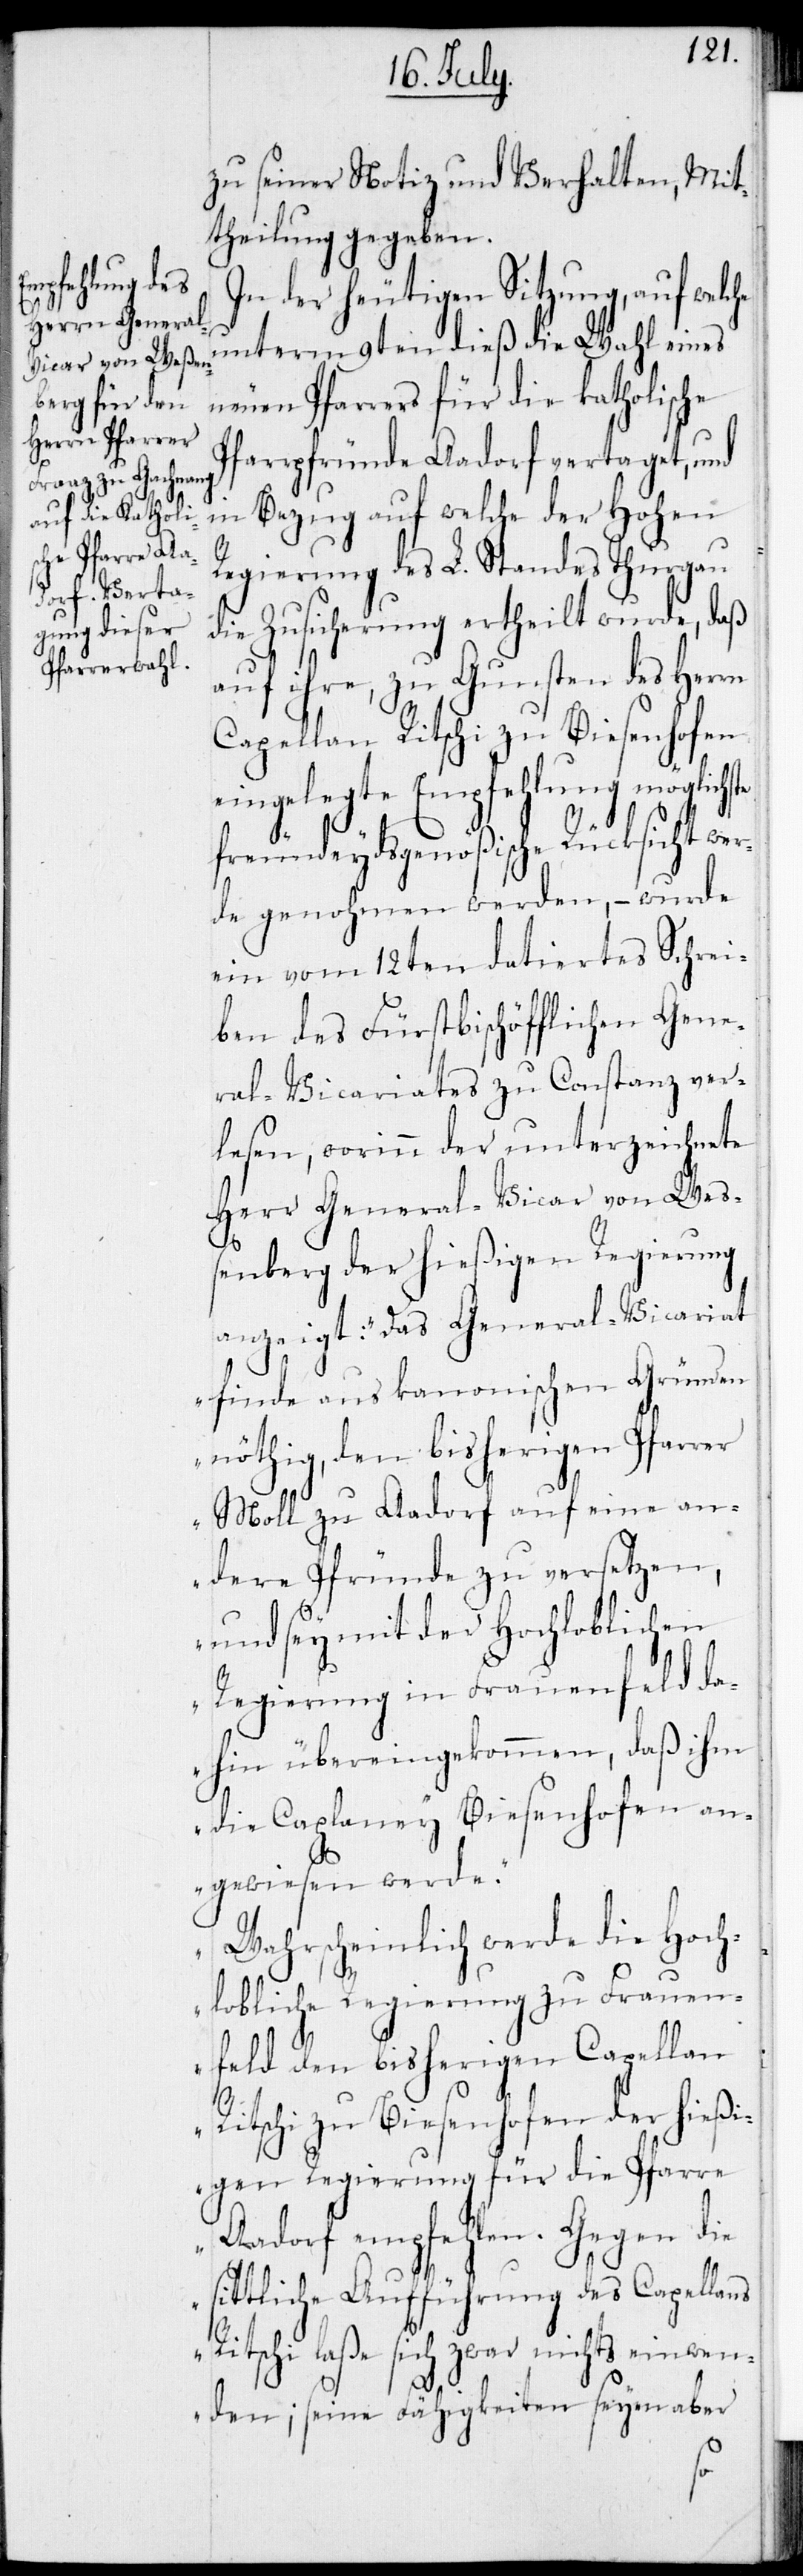
zu seiner Notiz und Verhalten, Mi¬
theilung gegeben.
In der heutigen Sitzung, auf welc¬
unterm 9ten dieß die Wahl eines
neuen Pfarrers für die katholische
Pfarrpfründe Aadorf vertaget, und
in Bezug auf welche der Hohen
Regierung des L. Standes Thurgau
die Zusicherung ertheilt wurde, daß
auf ihre, zu Gunsten des Herrn
Capellan Ritschi zu Biesenhofen
eingelegte Empfehlung möglichst
freundeydsgenößische Rücksicht wer¬
de genohmen werden, – wurde
ein vom 12ten datiertes Schrei¬
ben des Fürstbischöfflichen Gene¬
ral-Vicariats zu Constanz ver¬
lesen, worinn der unterzeichnete
Herr General-Vicar von Weß¬
enberg der hießigen Regierung
anzeigt: „das General-Vicariat
finde aus kanonischen Gründen
nöthig, den bisherigen Pfarrer
Moll zu Aadorf auf eine an¬
dere Pfründe zu versetzen,
und sey mit der Hochloblichen
Regierung in Frauenfeld da¬
hin übereingekommen, daß ihm
die Caplaney Biesenhofen an¬
gewiesen werde.
Wahrscheinlich werde die Hoch¬
lobliche Regierung zu Frauen¬
feld den bisherigen Capellan
he
Ritschi zu Biesenhofen der hieß¬
igen Regierung für die Pfarre
Aadorf empfehlen. Gegen die
sittliche Aufführung des Capellans
Ritschi laße sich zwar nichts einwen¬
den; seine Fähigkeiten seyen aber